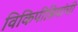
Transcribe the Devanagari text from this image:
विकिपीडियांची